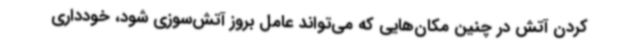
کردن آتش در چنین مکان‌هایی که می‌تواند عامل بروز آتش‌سوزی شود، خودداری